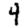
Digit: 4